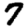
Digit: 7